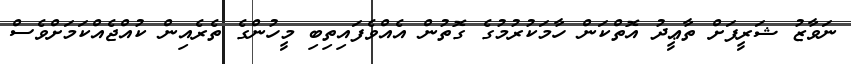
ނަވާޒު ޝަރީފަށް ތާޢީދު އޮތްކަން ހާމަކުރުމުގެ ގޮތުން އެއްވެފައިތިބި މީހުންގެ ތެރެއިން ކުއްޖެއްކަމަށްވެސް